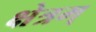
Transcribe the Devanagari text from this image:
क्षेत्रम्